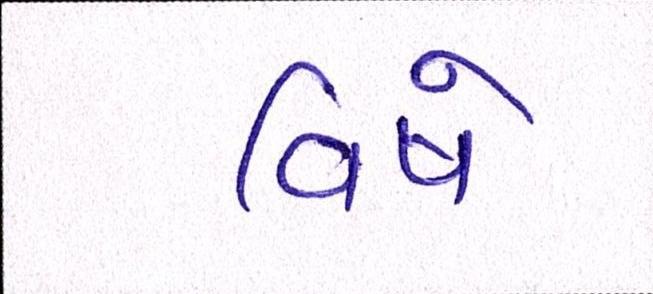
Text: વિષે